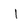
Character: l